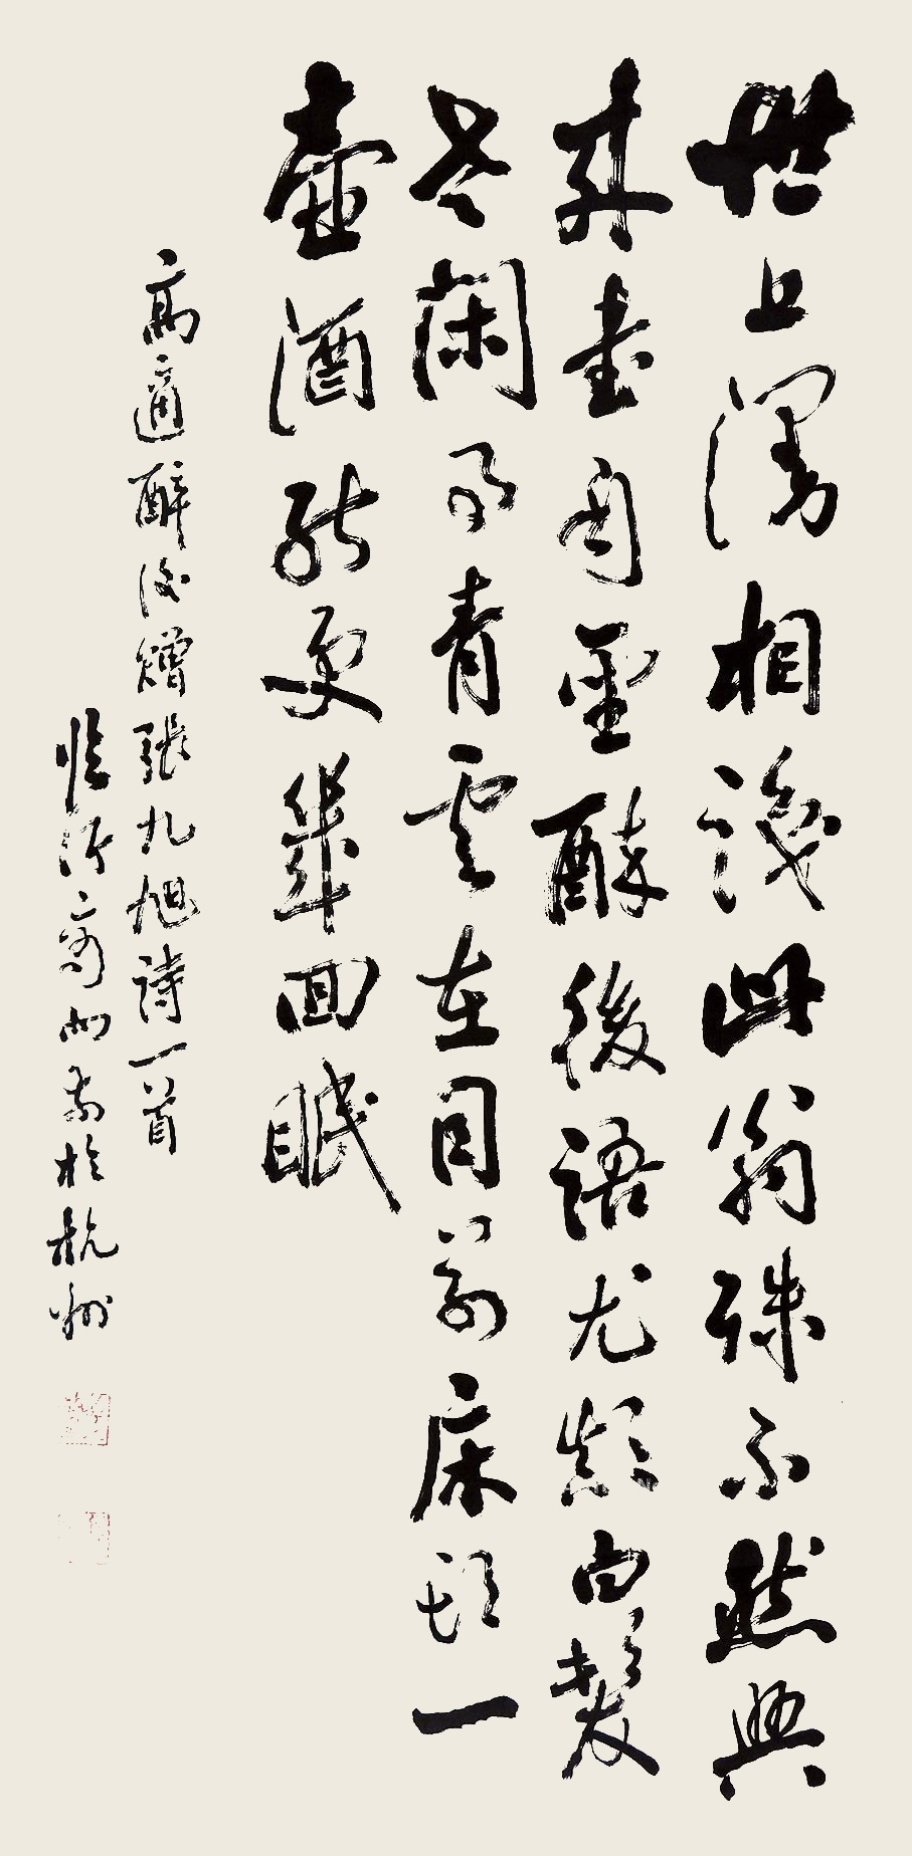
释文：世上谩相识，此翁殊不然。兴来书自圣，醉后语尤颠。白髪老闲事，青云在目前。床头一壶酒，能更几回眠。高适醉后赠张九旭诗一首。临沂商向前于杭州。